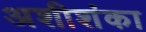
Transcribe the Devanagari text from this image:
अशीशंका